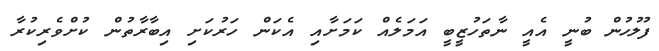
ފުލުހުން ބުނީ އެއީ ނާތަހުޒީބީ އަމަލެއް ކަމަށާއި އެކަން ހަރުކަށި އިބާރާތުން ކުށްވެރިކުރާ